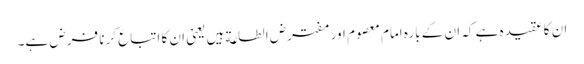
ان کا عقیدہ ہے کہ ان کے بارہ امام معصوم اور مفترض الطاعة ہیں یعنی ان کا اتباع کرنا فرض ہے۔